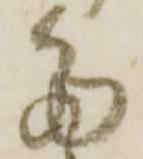
多